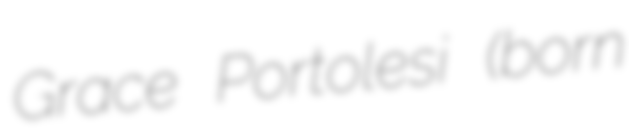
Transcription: Grace Portolesi (born